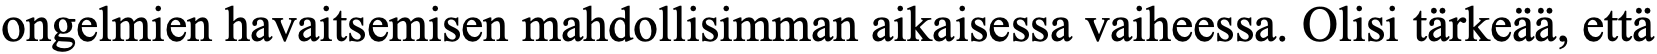
ongelmien havaitsemisen mahdollisimman aikaisessa vaiheessa. Olisi tärkeää, että